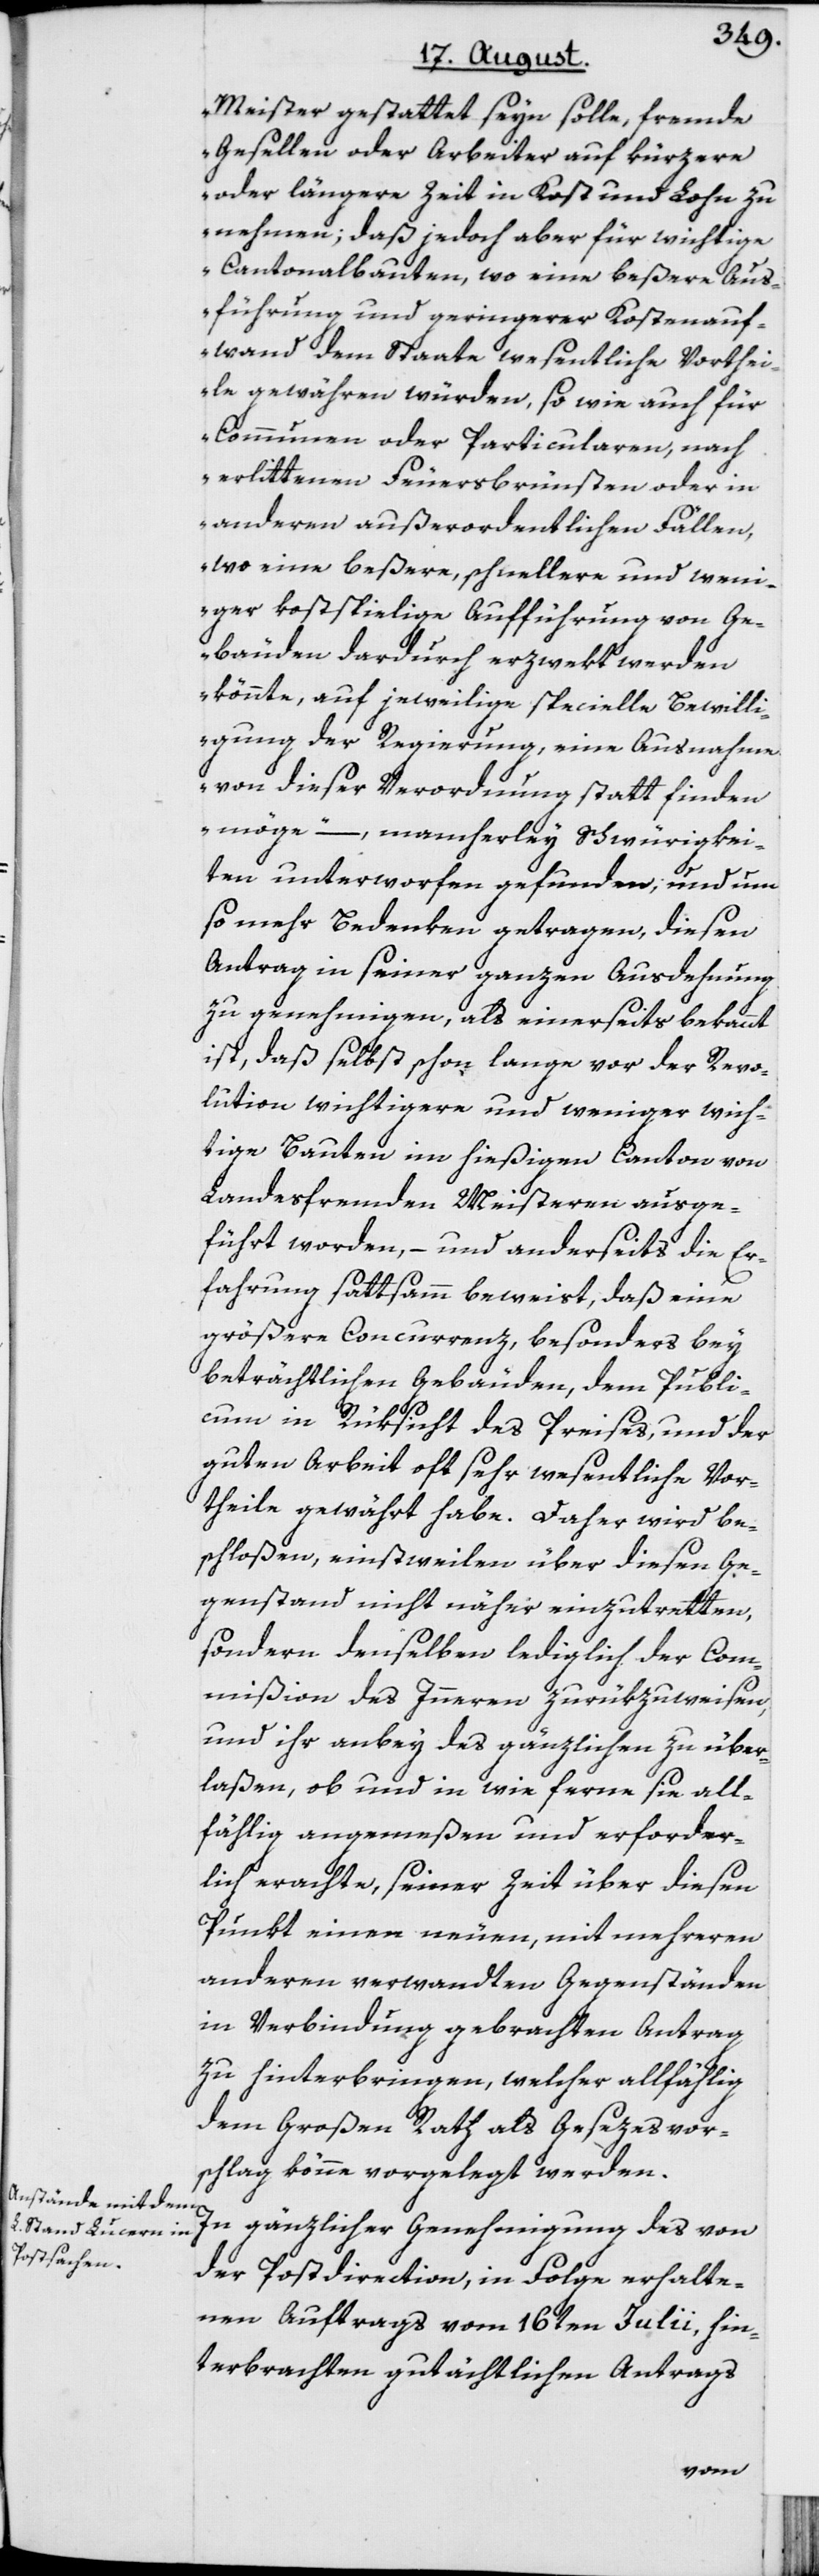
Meister gestattet seyn solle, fremde
Gesellen oder Arbeiter auf kürzere
oder längere Zeit in Kost und Lohn zu
nehmen; daß jedoch aber für wichtige
Cantonalbauten, wo eine beßere Aus¬
führung und geringerer Kostenauf¬
wand dem Staate wesentliche Vorthei¬
le gewähren würden, so wie auch für
Communen oder Particularen, nach
erlittenen Feuersbrünsten oder in
anderen außerordentlichen Fällen,
wo eine beßere, schnellere und wen¬
iger kostspielige Aufführung von Ge¬
bäuden dardurch erzwekt werden
könnte, auf jeweilige specielle Bewilli¬
gung der Regierung, eine Ausnahme
von dieser Verordnung statt finden
möge“ –, mancherley Schwürigkei¬
ten unterworfen gefunden; und um
so mehr Bedenken getragen, diesen
Antrag in seiner ganzen Ausdehnung
zu genehmigen, als einerseits bekannt
ist, daß selbst schon lange vor der Revo¬
lution wichtigere und weniger wich¬
tige Bauten im hießigen Canton von
Landesfremden Meisteren ausge¬
führt worden, – und anderseits die Er¬
fahrung sattsamm beweist, daß eine
größere Concurrenz, besonders bey
beträchtlichen Gebäuden, dem Publi¬
cum in Rüksicht des Preises, und der
guten Arbeit oft sehr wesentliche Vor¬
theile gewährt habe. Daher wird be¬
schloßen, einstweilen über diesen Ge¬
genstand nicht näher einzutretten,
sondern denselben lediglich der Com¬
mißion des Inneren zurükzuweisen,
und ihr anbey des gänzlichen zu über¬
laßen, ob und in wie ferne sie all¬
fählig angemeßen und erforder¬
lich erachte, seiner Zeit über diesen
Punkt einen neuen, mit mehreren
anderen verwandten Gegenständen
in Verbindung gebrachten Antrag
zu hinterbringen, welcher allfählig
dem Großen Rath als Gesezesvor¬
schlag könne vorgelegt werden.
In gänzlicher Genehmigung des von
der Postdirection, in Folge erhalte¬
nen Auftrags vom 16ten Julii, hin¬
terbrachten gutächtlichen Antrags